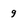
Character: g